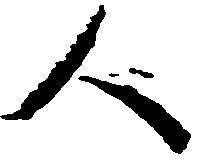
人